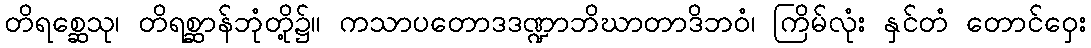
တိရစ္ဆေသု၊ တိရစ္ဆာန်ဘုံတို့၌။ ကသာပတောဒဒဏ္ဍာဘိဃာတာဒိဘဝံ၊ ကြိမ်လုံး နှင်တံ တောင်ဝှေး